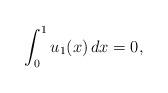
LaTeX: \begin{align*}\int_0^1u_1(x)\,dx=0,\end{align*}